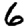
Digit: 6